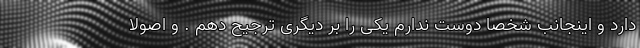
دارد و اینجانب شخصا دوست ندارم یکی را بر دیگری ترجیح دهم . و اصولا